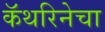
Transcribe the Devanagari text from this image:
कॅथरिनेचा